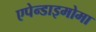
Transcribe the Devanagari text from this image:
एपेन्डाइमोमा